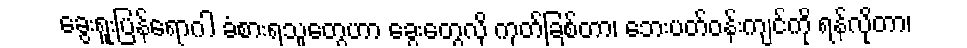
ခွေးရူးပြန်ရောဂါ ခံစားရသူတွေဟာ ခွေးတွေလို ကုတ်ခြစ်တာ၊ ဘေးပတ်ဝန်းကျင်ကို ရန်လိုတာ၊